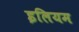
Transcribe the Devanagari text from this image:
इलियम